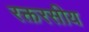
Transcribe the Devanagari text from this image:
रक्तरसीय